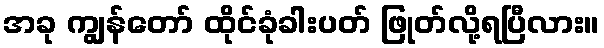
အခု ကျွန်တော် ထိုင်ခုံခါးပတ် ဖြုတ်လို့ရပြီလား။